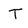
Character: T